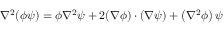
\nabla ^ { 2 } ( \phi \psi ) = \phi \nabla ^ { 2 } \psi + 2 ( \nabla \phi ) \cdot ( \nabla \psi ) + \left( \nabla ^ { 2 } \phi \right) \psi